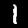
Label: 1